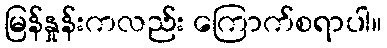
မြန်နှုန်းကလည်း ကြောက်စရာပါ။